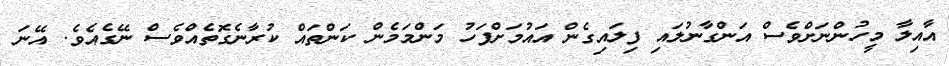
އާއިލާ މީހުންނަށްވެސް އަންގާނުލައި ފިލައިގެން އައުމަށްފަހު މަންމަމެން ކަންތައް ކުރާނެގޮތެއްވެސް ނޭގެއެވެ. އޭނަ